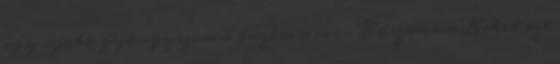
egy újabb gyöngyszem a füzéremre :- Köszönöm Neked ezt